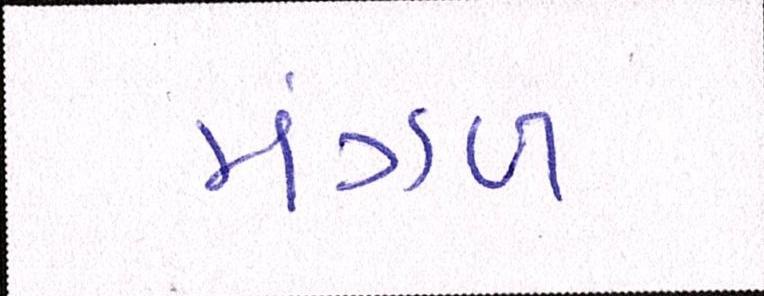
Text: મંગળ